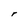
Character: r